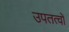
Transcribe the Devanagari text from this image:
उपतत्वों